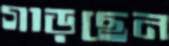
গাড়ছেন